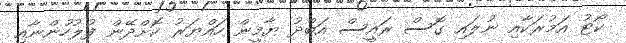
ކޯޓު އަމުރަކާއި ނުލައި ގޮސް ރައީސް އަބްދު ޔާމީން ހައްޔަރު ކޮށްދޭން ފުލުހުންނާއި